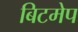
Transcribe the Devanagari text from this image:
बिटमेप